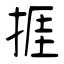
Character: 捱